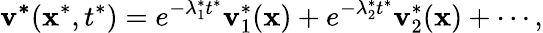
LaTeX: \mathbf{v^{*}}(\mathbf{x}^{*},t^{*})=e^{-\lambda_{1}^{*}t^{*}}\mathbf{v}_{1}^{*}(\mathbf{x})+e^{-\lambda_{2}^{*}t^{*}}\mathbf{v}_{2}^{*}(\mathbf{x})+\cdots,